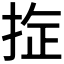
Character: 𪭻